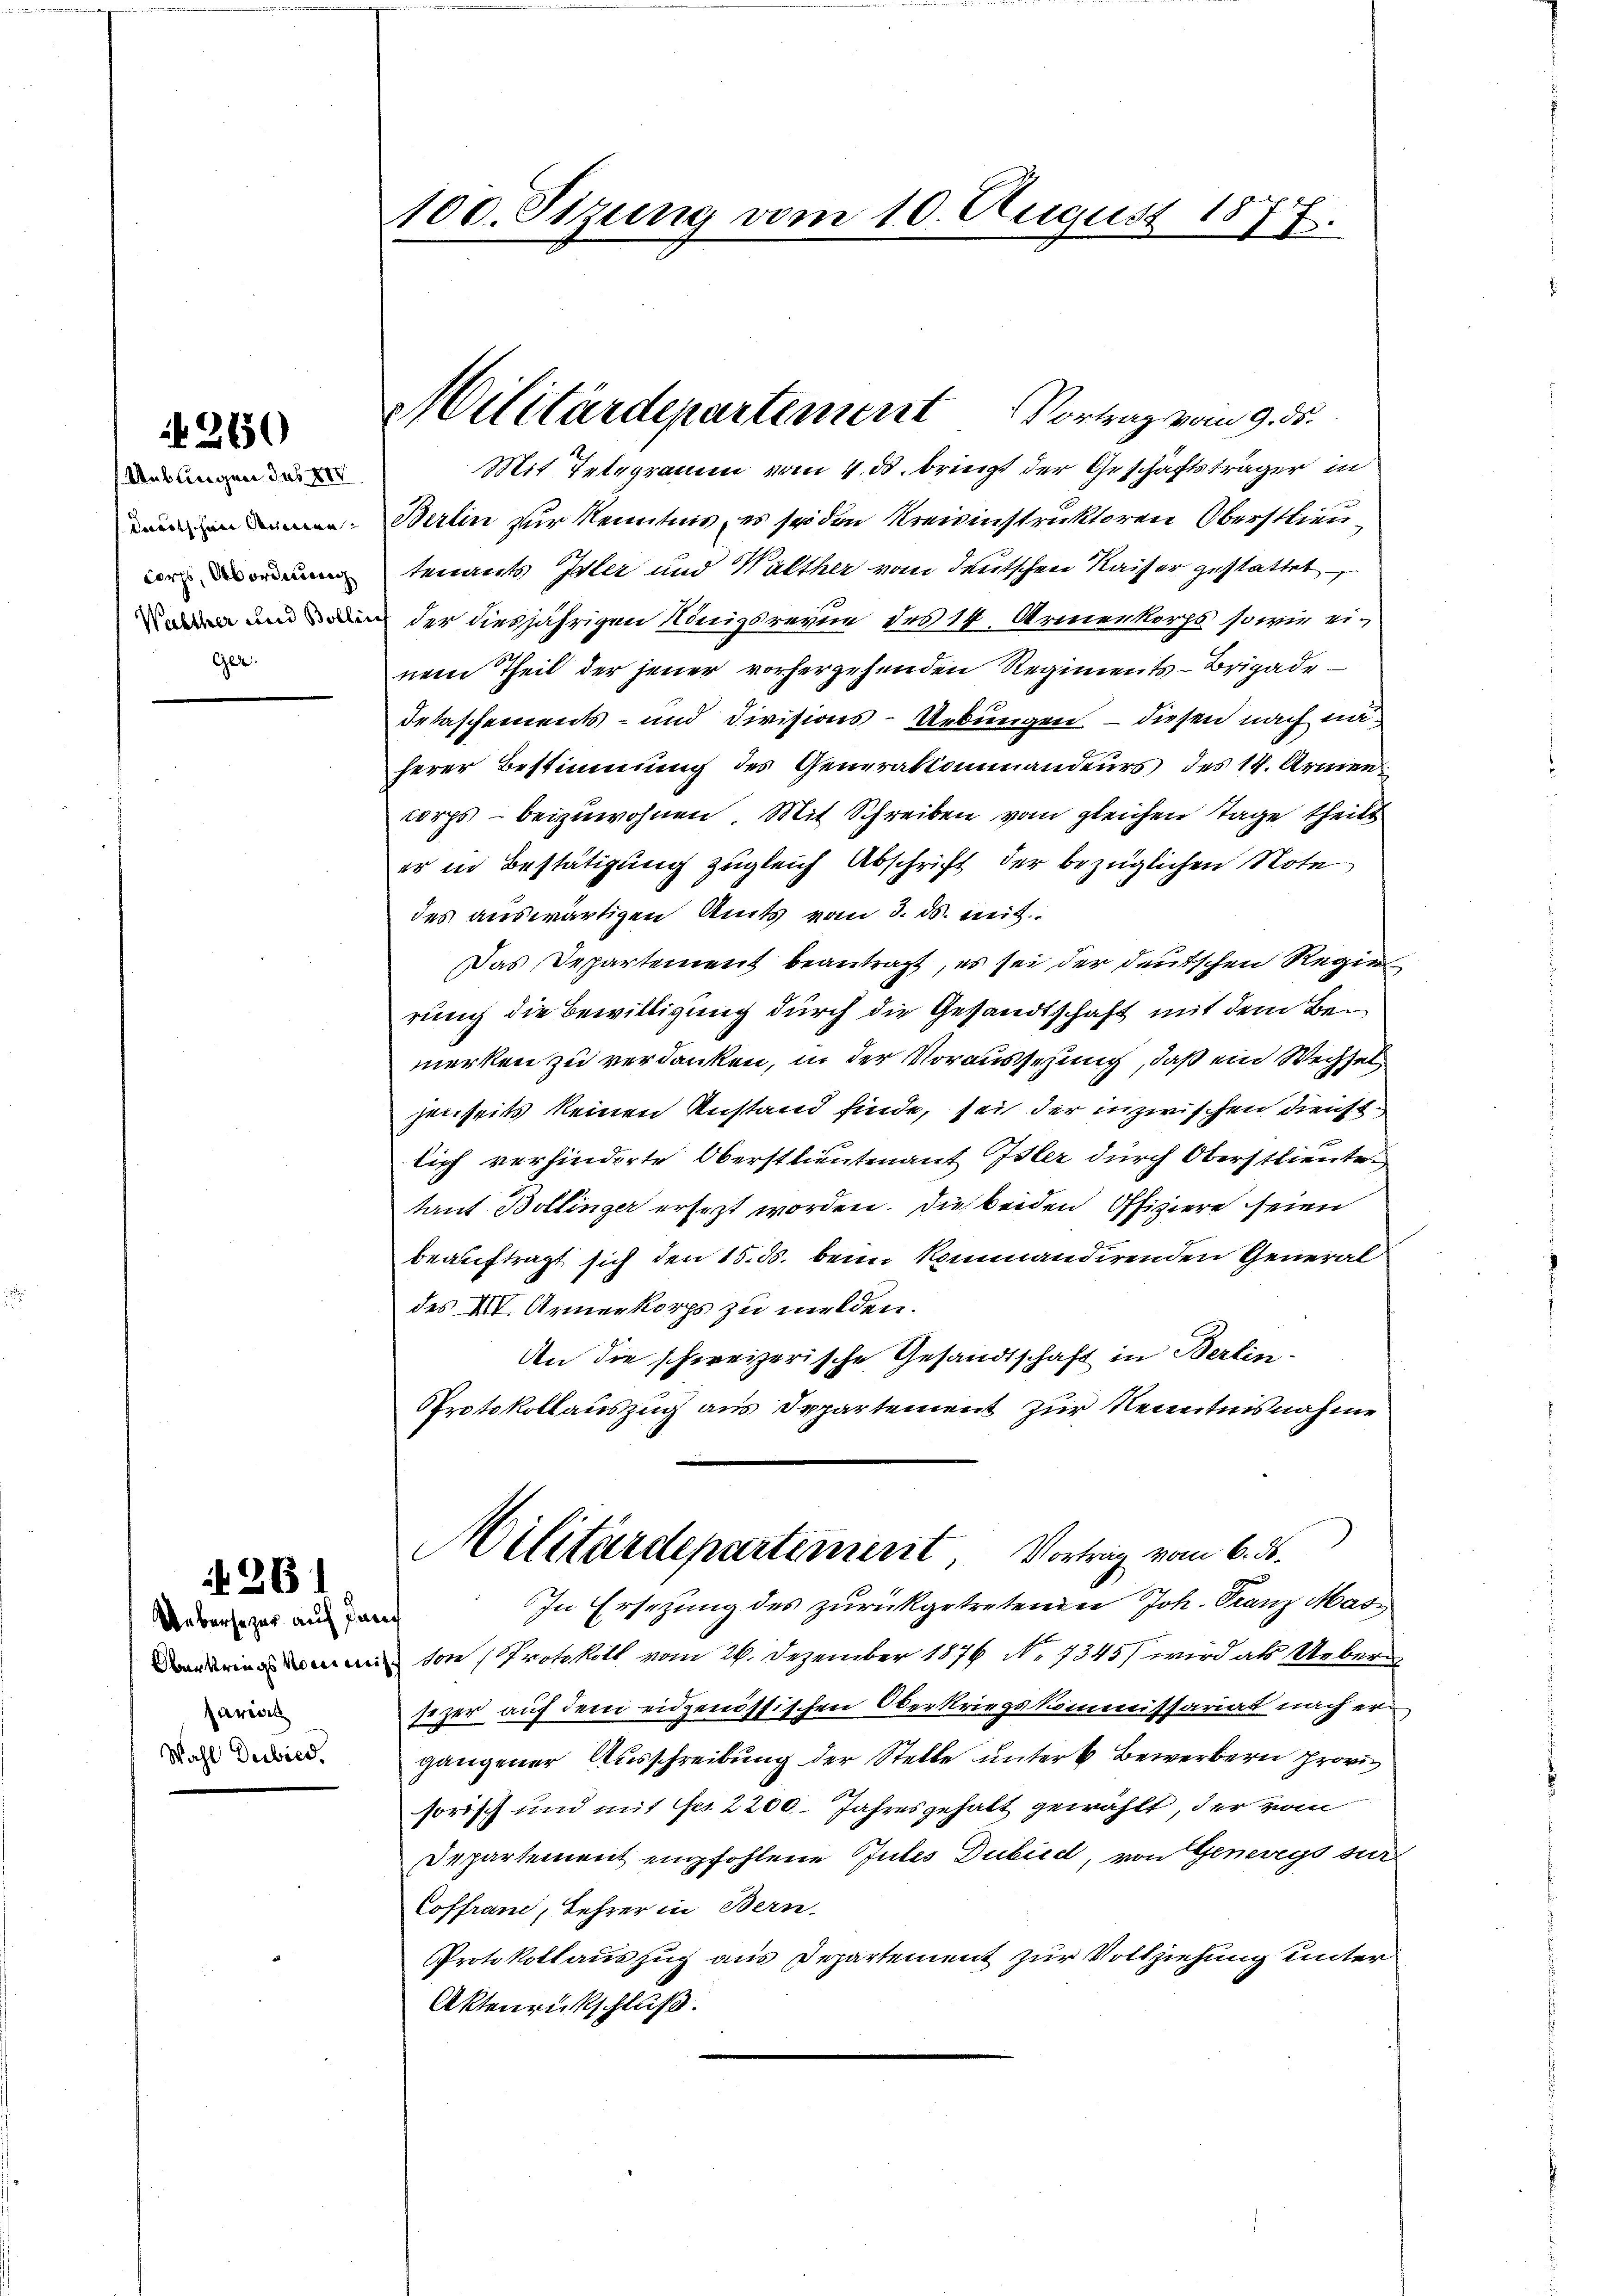
2650

Ueblingen Jus 400
daritschen Armen-
corps, Abordnung
Walther und Bollen
Ger.

261

Uebersezer auf danech
arit
Wahl Deibied.

100. Sizung vom 10. August 1877.

Militärdepartement Vortrag vom 9. ds.

Mit Telegramm vom 4. ds. bringt der Geschäftsträger in
Berlin zur Kenntnis, es sei den Kreisinstruktoren Oberstlieu
tenants Isler und Walther von deutschen Kaiser gestattet
 der diesjährigen Königsrevie des 14. Armenkorps sowie einem Theil der jener vorhergehenden Regiments-Brigade¬
Irtaschements- und Divisions-Uebungen – diesen nach näherer Bestimmung des Generalkommandeurs des 14. Armencorps – beizuwohnen. Mit Schreiben vom gleichen Tage theilt
er in Bestätigung zugleich Abschrift der bezüglichen Note
des auswärtigen Amts vom 3. ds. mit
Das Departement beantragt, es sei der deutschen Regie
rung die Bewilligung durch die Gesandtschaft mit dem Bemerken zu verdanken, in der Vorausserung, daß ein Wechsel
jenseits keinen Anstand finde, sei der inzwischen Dienst
lich verhinderte Oberstlieutenant Isler durch Oberstlieuten
tant Bollinger ersezt worden. Die beiden Offiziere seien
beauftragt sich den 15. ds. beim Kommandirenden General
des XIV. Armeekorps zu melden.
An die schweizerische Gesandtschaft in Berlin.
Protokollauszug aus Departement zur Kenntnisnahme
Militärdepartement, Vortrag vom 6. ds.
In Ersetzung des zurückgetretenden Joh. Franz Mas¬
 von Protokoll vom 26. Dezember 1876 No. 7345) wird als Uebersezer auf dem eidgenössischen Oberkriegskommissariat nach er
gangener Ausschreibung der Stelle unter 6 Bewerbern Provi
sorisch und mit des 2200. Jahresgehalt gewählt, der vom
Departement empfohlene Gutes Dubild, von Genevegs sur¬
Coffranz, Lehrer in Bern.
Protokollauszug aus Departement zur Vollziehung unter
Aktenrückschluß.